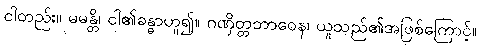
ငါတည်း။ မမန္တိ၊ ငါ၏ခန္ဓာဟူ၍။ ဂဏှိတ္တဘာဝေန၊ ယူသည်၏အဖြစ်ကြောင့်။